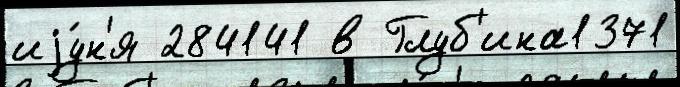
иjу́н'я 284141 в Глуб'ина1371